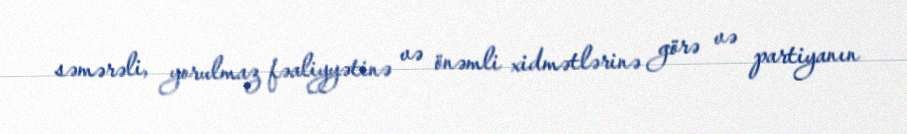
səmərəli, yorulmaz fəaliyyətinə və önəmli xidmətlərinə görə və partiyanın